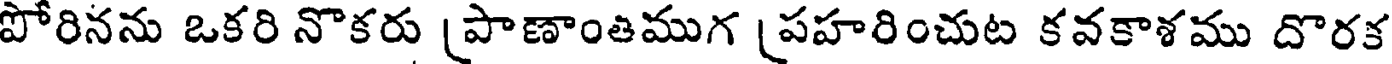
పోరినను ఒకరి నొకరు (పాణాంతముగ (పహరించుట కవకాశము దొరక